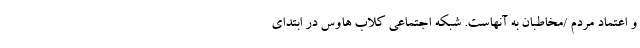
و اعتماد مردم /مخاطبان به آنهاست. شبکه اجتماعی کلاب هاوس در ابتدای